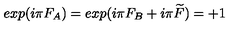
e x p ( i \pi F _ { A } ) = e x p ( i \pi F _ { B } + i \pi \widetilde { F } ) = + 1